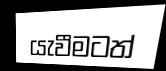
යැවීමටත්